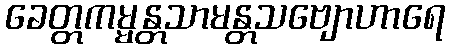
ခေတ္တကမ္မန္တသာမန္တသဗျောဟာရေ